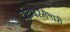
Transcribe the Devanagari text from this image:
चंद्रपरमेश्वरी